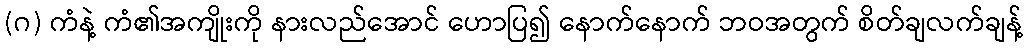
(ဂ) ကံနဲ့ ကံ၏အကျိုးကို နားလည်အောင် ဟောပြ၍ နောက်နောက် ဘဝအတွက် စိတ်ချလက်ချန့်